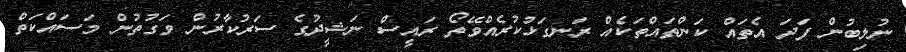
ނުލިބުން ފަދަ އެތައް ކަންތައްތަކެއް ރަނގަޅުކުރެއްވޭތޯ ރައީސް ނަޝީދުގެ ސަރުކާރުން ވަގުތުން މަސައްކަތް